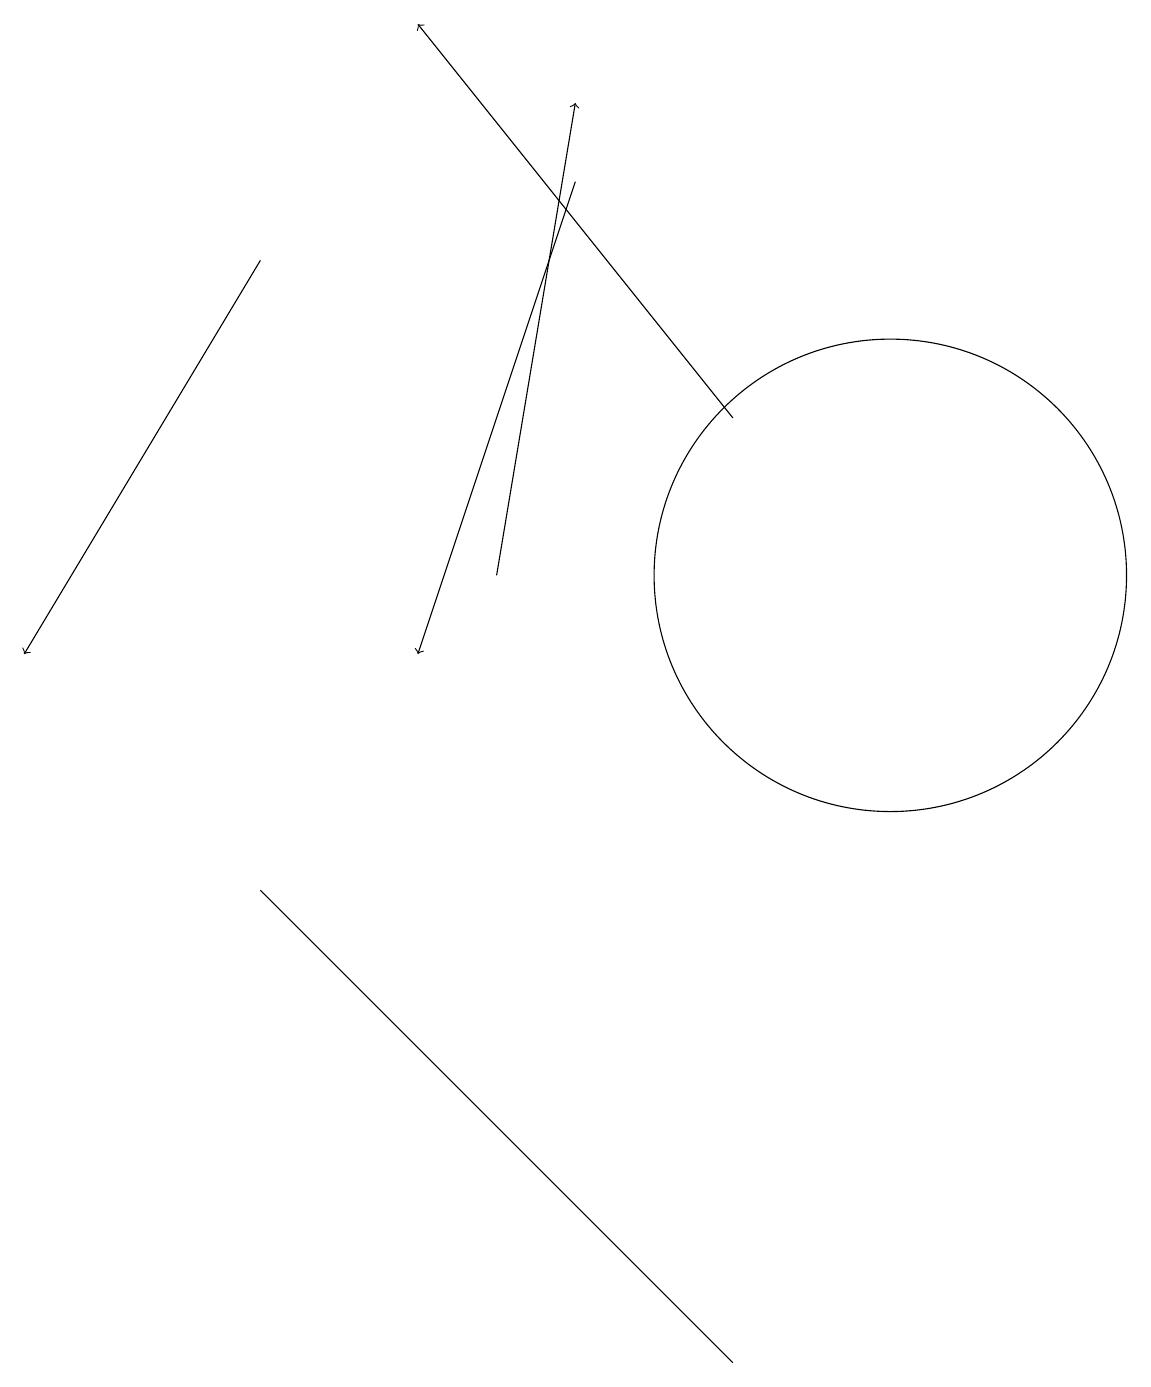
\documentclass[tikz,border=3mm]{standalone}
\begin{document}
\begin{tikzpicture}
\draw[->] (9,14) -- (5,19);
\draw (11,12) circle (3);
\draw[->] (7,17) -- (5,11);
\draw[->] (3,16) -- (0,11);
\draw (8,3) -- (3,8) -- (9,2) -- cycle;
\draw[->] (6,12) -- (7,18);
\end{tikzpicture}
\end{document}